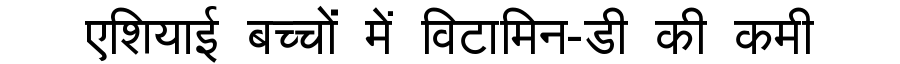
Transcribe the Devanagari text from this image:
एशियाई बच्चों में विटामिन-डी की कमी